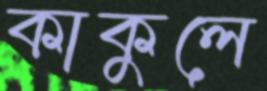
কাকুলে